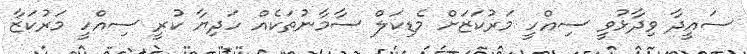
ސައީދާ ވިދާޅުވީ ސިއްހީ މަރުކަޒަށް މެޑިކަލް ސާމާނުތަކެއް ހަދިޔާ ކުރީ ސިއްހީ މަރުކަޒާ